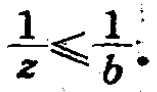
\frac{1}{z}\leqslant\frac{1}{b}